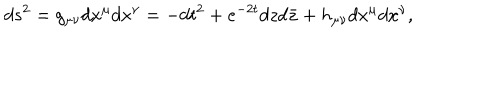
d s ^ { 2 } = g _ { \mu \nu } d x ^ { \mu } d x ^ { \nu } = - d t ^ { 2 } + e ^ { - 2 t } d z d \bar { z } + h _ { \mu \nu } d x ^ { \mu } d x ^ { \nu } ,